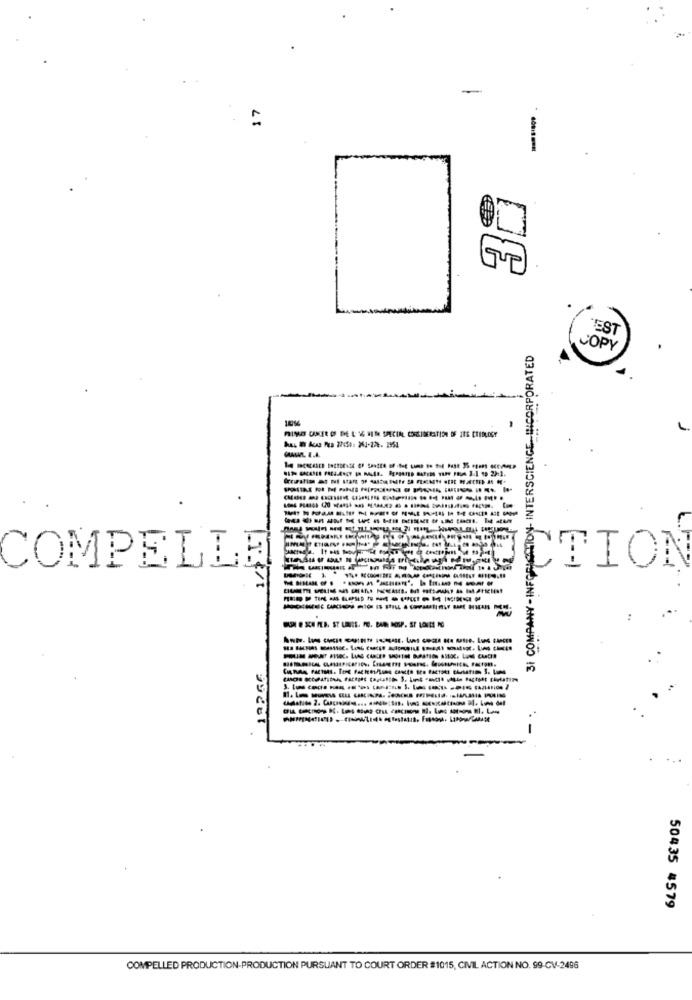
-
=
JUP
TEST
WY - INFORMECTION- INTERSCIENCE. INCORPORATED
COPY
GALL E.A.
--
---
COMPELLE
CTION
.-
50435 4579
COMPELLED PRODUCTION-PRODUCTION PURSUANT TO COURT ORDER #1015, CIVIL ACTION NO. 99-GV-2496